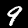
Digit: 9